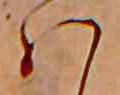
ハ